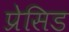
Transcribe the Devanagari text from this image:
प्रेसिड